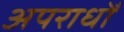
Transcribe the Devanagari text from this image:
अपराधोँ